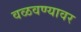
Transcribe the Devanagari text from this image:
वळवण्यावर